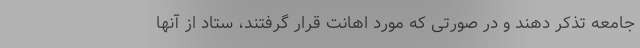
جامعه تذکر دهند و در صورتی که مورد اهانت قرار گرفتند، ستاد از آنها